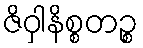
ဇိဝှါနိစ္စတဉ္စ